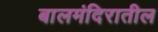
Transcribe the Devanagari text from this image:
बालमंदिरातील